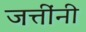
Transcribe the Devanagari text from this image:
जत्तींनी